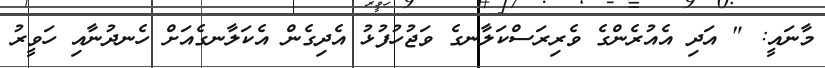
މާނައީ: " އަދި އެއުރެންގެ ވެރިރަސްކަލާނގެ ވަޖުހުފުޅު އެދިގެން އެކަލާނގެއަށް ހެނދުނާއި ހަވީރު